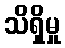
သိရှိမှု